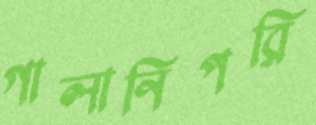
গালানিপরি